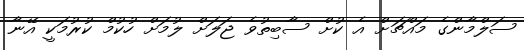
ސަލްމާންގެ މައްޗަށް އެ ކުށް ސާބިތުވެ ޖަލަށް ލުމަށް ހުކުމް ކުރުމަކީ އޭނާ